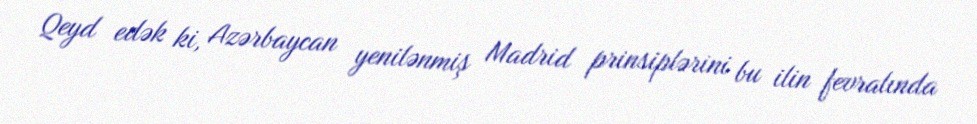
Qeyd edək ki, Azərbaycan yenilənmiş Madrid prinsiplərini bu ilin fevralında